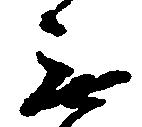
無